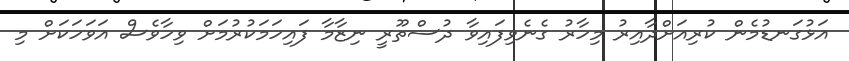
އަޅުގަނޑުމެން ކުރިއަށްދާއިރު މިހާރު ގެނެވިފައިވާ ދުސްތޫރީ ނިޒާމާ ފައިހަމަކުރުމަށް ވިހާވެސް އަވަހަކަށް މި